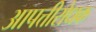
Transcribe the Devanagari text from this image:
आपत्तीरोधक